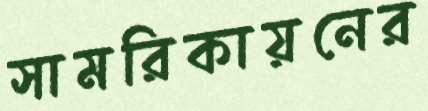
সামরিকায়নের